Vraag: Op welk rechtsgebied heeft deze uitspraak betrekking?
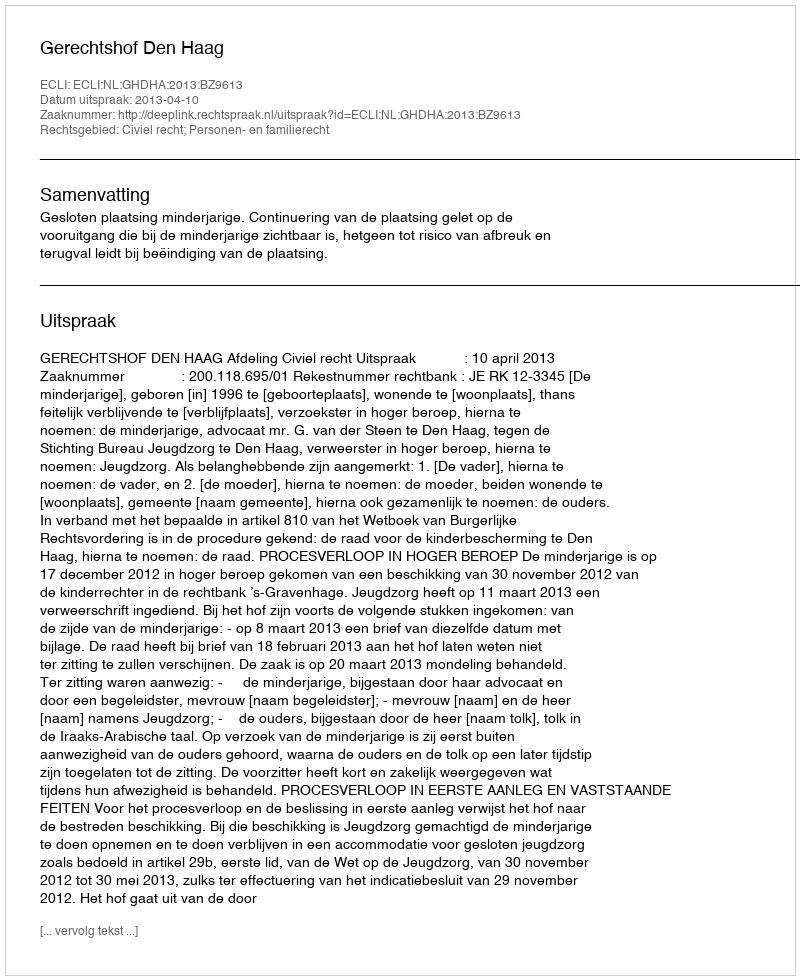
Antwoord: Civiel recht; Personen- en familierecht